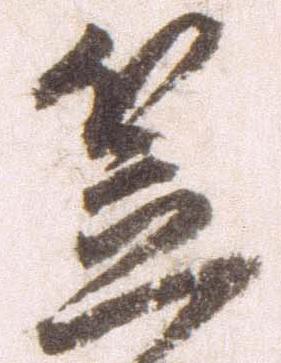
笠